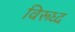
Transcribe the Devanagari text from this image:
विरूध्‍द